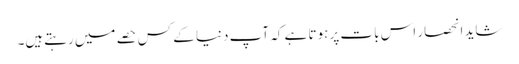
شاید انحصار اس بات پر ہوتا ہے کہ آپ دنیا کے کس حصے میں رہتےہیں۔